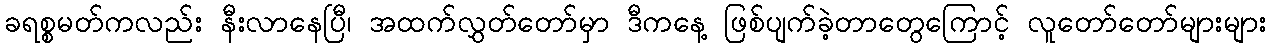
ခရစ္စမတ်ကလည်း နီးလာနေပြီ၊ အထက်လွှတ်တော်မှာ ဒီကနေ့ ဖြစ်ပျက်ခဲ့တာတွေကြောင့် လူတော်တော်များများ